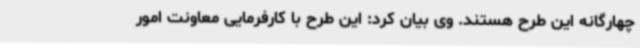
چهارگانه این طرح هستند. وی بیان کرد: این طرح با کارفرمایی معاونت امور